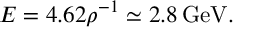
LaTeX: E = 4 . 6 2 \rho ^ { - 1 } \simeq 2 . 8 \, \mathrm { G e V } .